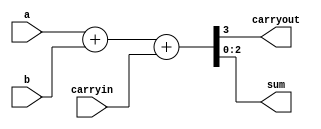
module addwithcarryincarryout(a,b,carryin,carryout,sum);
  parameter numbits=3;
  input [numbits:1] a,b;
  input carryin;
  output carryout;
  output[numbits:1] sum;
  assign {carryout,sum} =a+b+carryin;
endmodule